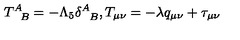
T _ { \phantom { A } B } ^ { A } = - \Lambda _ { 5 } \delta _ { \phantom { A } B } ^ { A } , T _ { \mu \nu } = - \lambda q _ { \mu \nu } + \tau _ { \mu \nu }